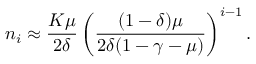
n _ { i } \approx \frac { K \mu } { 2 \delta } \left( \frac { ( 1 - \delta ) \mu } { 2 \delta ( 1 - \gamma - \mu ) } \right) ^ { i - 1 } .